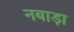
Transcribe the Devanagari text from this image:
नबाड़ा